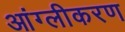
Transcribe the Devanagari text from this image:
आंग्लीकरण